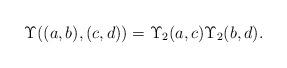
LaTeX: \begin{align*}\Upsilon((a,b),(c,d))=\Upsilon_2(a,c)\Upsilon_2(b,d) .\end{align*}